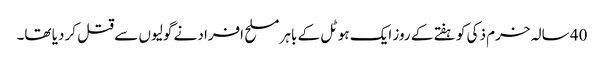
40 سالہ خرم ذکی کو ہفتے کے روز ایک ہوٹل کے باہر مسلح افراد نے گولیوں سے قتل کر دیا تھا۔